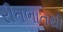
રીતભાતથી